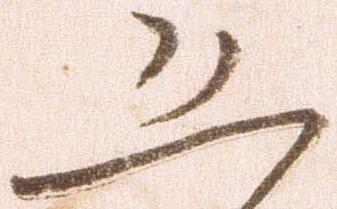
恐